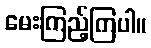
မေးကြည့်ကြပါ။